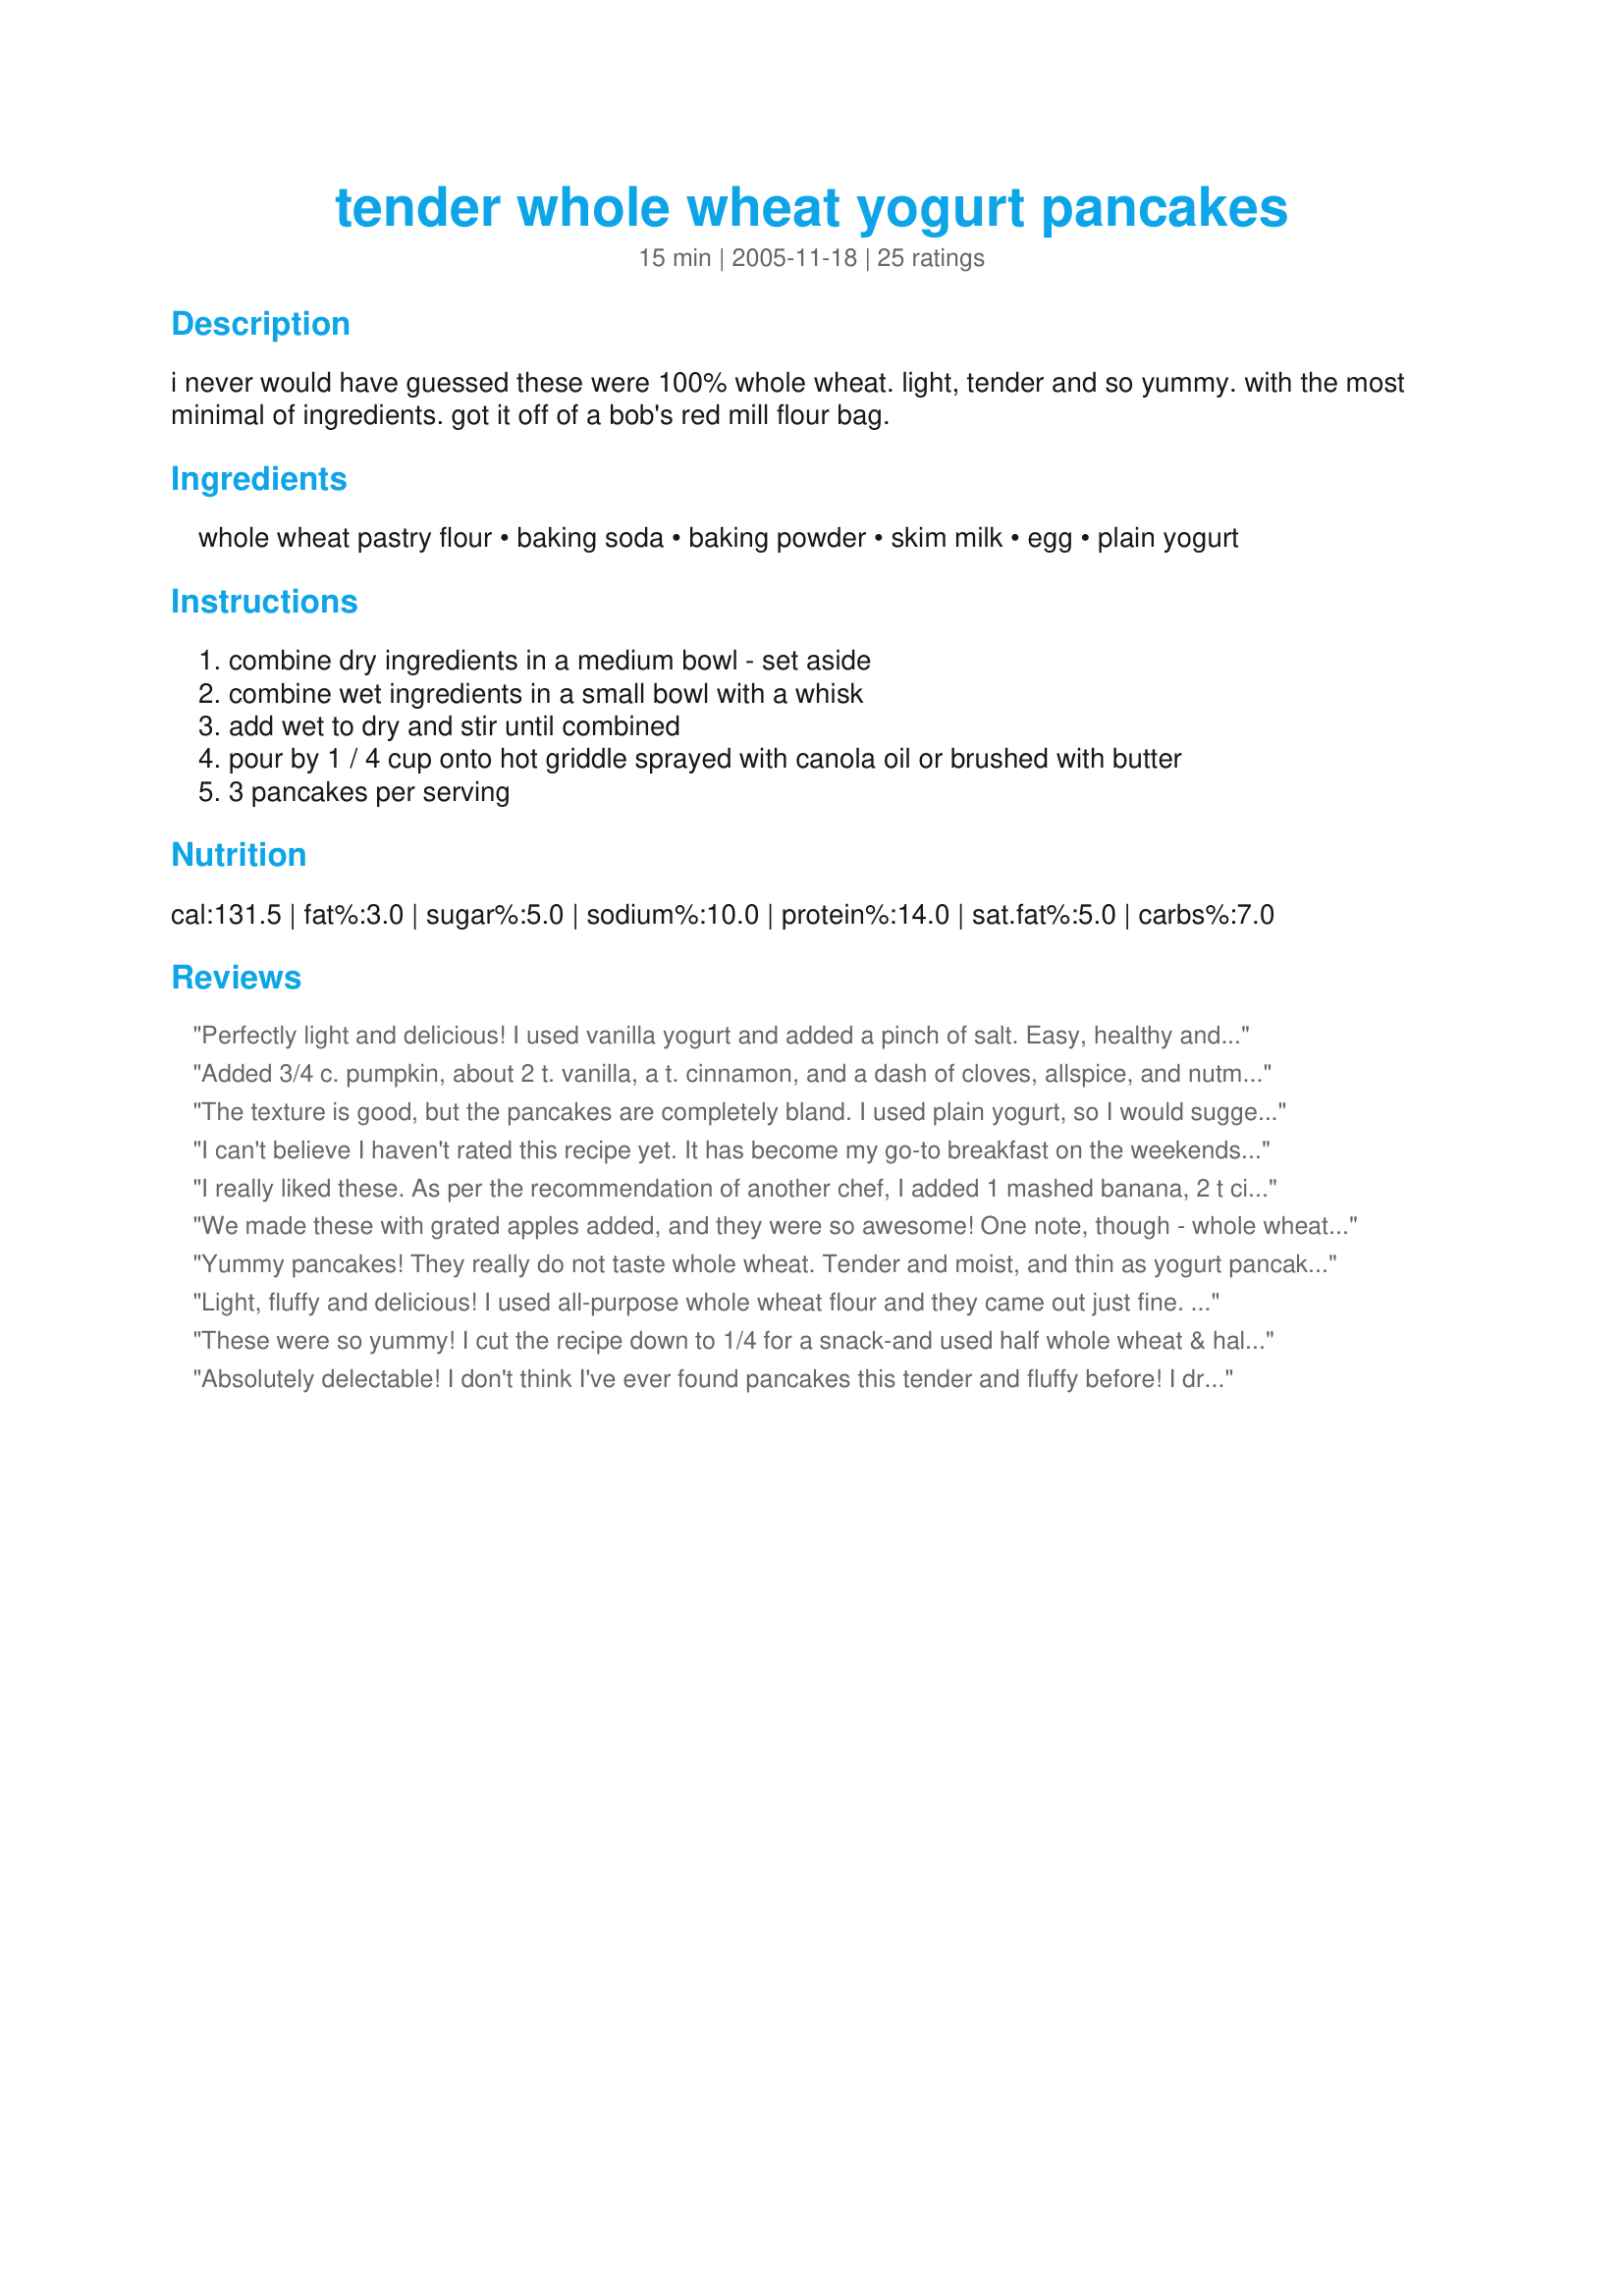
tender whole wheat yogurt pancakes
Preparation time: 15 minutes

i never would have guessed these were 100% whole wheat. light, tender and so yummy. with the most minimal of ingredients. got it off of a bob's red mill flour bag.

Ingredients:
whole wheat pastry flour, baking soda, baking powder, skim milk, egg, plain yogurt

Steps:
combine dry ingredients in a medium bowl - set aside
combine wet ingredients in a small bowl with a whisk
add wet to dry and stir until combined
pour by 1 / 4 cup onto hot griddle sprayed with canola oil or brushed with butter
3 pancakes per serving

Reviews:
Perfectly light and delicious! I used vanilla yogurt and added a pinch of salt. Easy, healthy and tasty. Thanks for sharing the keeper recipe.
Added 3/4 c. pumpkin, about 2 t. vanilla, a t. cinnamon, and a dash of cloves, allspice, and nutmeg. It was great! I'll add more spices next time as they didn't really pull through, and the pancakes themselves were bland-ish, but I sprinkled some brown sugar on them (poor college student) and ate them with over-easy eggs, and they were just fine.
The texture is good, but the pancakes are completely bland. I used plain yogurt, so I would suggest adding a little salt and sugar and maybe vanilla, cinnamon, etc. Also, there is no way to make 15 quarter-cup pancakes from the batter. I ended up with about 8 1/2.
I can't believe I haven't rated this recipe yet. It has become my go-to breakfast on the weekends. I always make a double batch so I can have leftovers to freeze. I generally add 3/4 cup mashed banana or pumpkin to the batter along with a teaspoon of cinnamon and some flax meal (to make it even more virtuous!). I then thin it out a bit with about 1/2 cup additional milk. Excellent recipe!!
I really liked these. As per the recommendation of another chef, I added 1 mashed banana, 2 t cinnamon, 2 T flax meal. Also used low fat vanilla yogurt. GREAT. They were slightly doughy on the inside, but that's how my family likes them. Thanks for a great recipe!
We made these with grated apples added, and they were so awesome! One note, though - whole wheat pancakes do take longer to cook than regular, which made me crazy having to wait. ;)
Yummy pancakes! They really do not taste whole wheat. Tender and moist, and thin as yogurt pancakes tend to be. These are pretty plain, and taste great served with maple syrup, or spread with jam and rolled up. I used plain yogurt and don't think you could find a healthier or easier recipe. Thanks for sharing!
Light, fluffy and delicious! I used all-purpose whole wheat flour and they came out just fine. I used low-fat plain yogurt and added 1/2 tsp vanilla.
These were so yummy! I cut the recipe down to 1/4 for a snack-and used half whole wheat & half oat flour. I reduced the milk to 3 tbsp & used low carb, low fat vanilla yogurt. I also added a tad a Splenda! Had it with some sliced banana & a little sugar free syrup! A real treat; thank u for sharing!
Absolutely delectable! I don't think I've ever found pancakes this tender and fluffy before! I dropped in blueberries to add fresh bursts of flavor which went very nicely with the whole wheat. My husband absolutely adored them and I plan on making them again this morning!
I used yogurt instead of milk for a total of 1.5 cups plain yogurt. Otherwise, I followed the recipe. They were a hit!
Very tender, cooked beautifully, but a little bland. I even added a teaspoon of vanilla and a couple of tablespoons of flax seed, next time I will add some salt. My girls loved them and happily ate them up.
I've made this recipe twice now, with some modifications: Used regular whole wheat flour both times, added an extra egg white, cinnamon and some salt. Found that the original recipe was bland without a little saltiness. Wondered if it was omitted in error? Also left the last batch on a little extra long and it dried out---BUT my dog LOVED it; I am going to make doggy cookies on purpose in the future, as well as more of the recipe for my family.
These pancakes are phenomenal. Everyone wolfs them down and asks for the recipe. I made them with plain nonfat yogurt and added a teaspoon of vanilla. Also added a teaspoon of cinnamon to the dry mix. Awesome! Pancakes come out light and fluffy.
These were just okay - definitely missing something. I followed exact instructions but mine turned out a bit "bread-like".
The fluffiest whole wheat pancakes I've ever had. I followed the recipe exactly. They are a bit eggier than normal pancakes, but absolutely delicious! We will be making these again and again.
These were good. My husband couldn't tell the difference in these & regular pancakes. Thanks.
I loved this recipe so much I made it several days in a row! It produces beautiful, light, fluffy pancakes. I added 1/2 cup fresh blueberries and I did use regular whole wheat flour, without issue. I will never use boxed whole wheat pancake mix again.
Excellent little cakes. My only deviation from the recipe was 1% milk instead of skim and a heaping teaspoon of oat bran. I'd quibble about the quantity. I used a 4 oz ladle and only got 9 cakes. I'd say the recipe serves three or two hungry people.
I really like this recipe, I have used it before from the bobs red mill web site (I HIGHLY recommend their products). There is one VERY important thing to mention. This recipe really, really needs to be made with whole wheat pastry flour and not regular whole wheat flour!!! I cannot stress this enough, because the whole wheat pastry flour is so, so very much softer and makes a completely different outcome.This is a great recipe, thanks for posting.
Great pancakes...and all healthy too! I think you could serve them to anyone and you wouldn't have any complaints about the whole wheat or yogurt. I defnitely didn't taste the yogurt. I did use vanilla low-fat yogurt and skim milk.
For how simple it is to make, its super tasty!
What an odd recipe. As written, it is very bland and very runny--pancakes had no flavor and were far too thin. No salt? No sugar? And 15?? From one cup of flour? Is the author punking us? I added more flour, some sugar, cinnamon, and some strawberry preserves. Salvaged it but with all the pancake recipes would not return to this one!
These are really good! I think they would have been bland without adding some fresh blueberries and chopped walnuts though. I also added 1/2 teaspoon of salt to the batter.
sooo good!
i ate the whole batch.
shhh. :)
